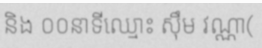
និង ០០នាទីឈ្មោះ ស៊ឹម វណ្ណា(